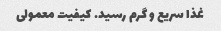
غذا سریع و گرم رسید. کیفیت معمولی